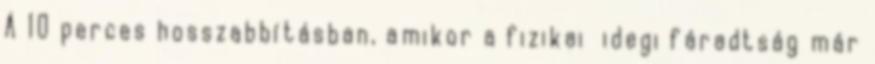
A 10 perces hosszabbításban, amikor a fizikai idegi fáradtság már